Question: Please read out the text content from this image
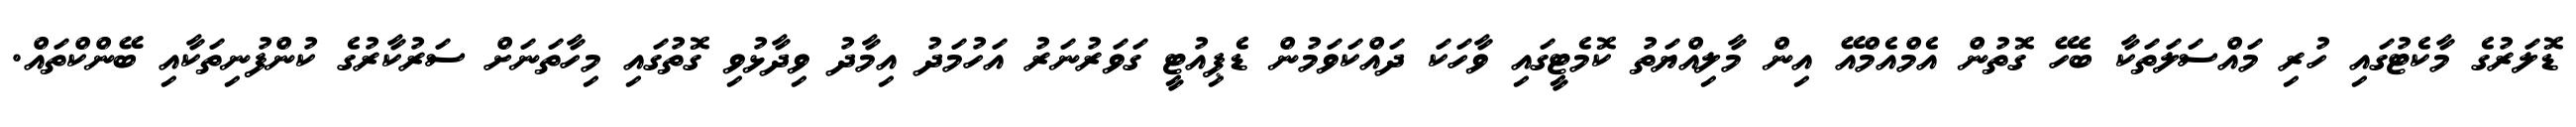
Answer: ޑޮލަރުގެ މާކެޓުގައި ހުރި މައްސަލަތަކާ ބެހޭ ގޮތުން އެމްއެމްއޭ އިން މާލިއްޔަތު ކޮމެޓީގައި ވާހަކަ ދައްކަވަމުން ޑެޕިއުޓީ ގަވަރުނަރު އަހުމަދު އިމާދު ވިދާޅުވި ގޮތުގައި މިހާތަނަށް ސަރުކާރުގެ ކުންފުނިތަކާއި ބޭންކްތައް.